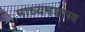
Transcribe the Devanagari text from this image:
माध्यमशास्त्र